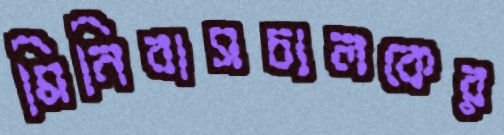
মিনিবাসচালকের